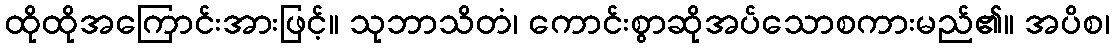
ထိုထိုအကြောင်းအားဖြင့်။ သုဘာသိတံ၊ ကောင်းစွာဆိုအပ်သောစကားမည်၏။ အပိစ၊